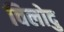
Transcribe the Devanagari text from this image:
विलोदु